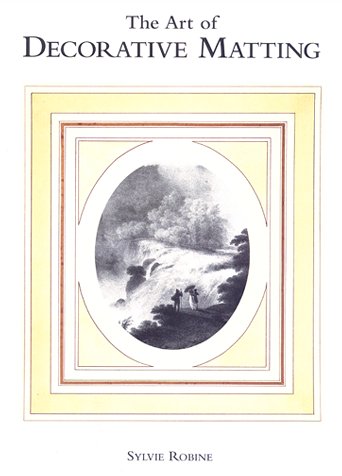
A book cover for Art of Decorative Matting; Sylvie Robine; Crafts, Hobbies & Home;